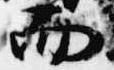
而